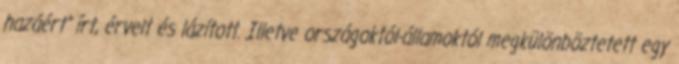
hazáért” írt, érvelt és lázított. Illetve országoktól-államoktól megkülönböztetett egy